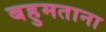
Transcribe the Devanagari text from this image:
बहुमताना